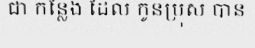
ជា កន្លែង ដែល កូនប្រុស បាន